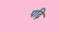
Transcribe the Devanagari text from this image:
पढ़ि